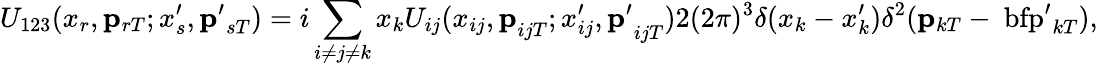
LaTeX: U_{123}(x_{r},\mathrm{{\mathbf p}}_{rT};x_{s}^{\prime},\mathrm{{\mathbf p}^{\prime}}_{sT})=i\sum_{i\ne j\ne k}x_{k}U_{ij}({x_{ij},\mathrm{\mathbf p}}_{ijT};{x_{ij}^{\prime},\mathrm{\mathbf p}^{\prime}}_{ijT})2(2\pi)^{3}\delta(x_{k}-x_{k}^{\prime})\delta^{2}(\mathrm{{\mathbf p}}_{kT}-\mathrm{{\ bfp}^{\prime}}_{kT}),